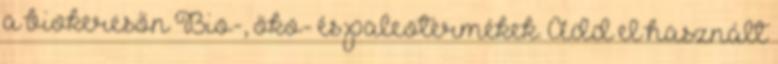
a biokeresőn Bio-, öko- és paleotermékek. Add el használt